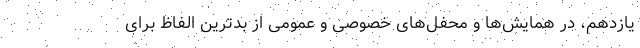
یازدهم، در همایش‌ها و محفل‌های خصوصی و عمومی از بدترین الفاظ برای